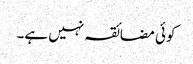
کوئی مضائقہ نہیں ہے۔